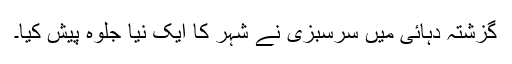
گزشتہ دہائی میں سرسبزی نے شہر کا ایک نیا جلوہ پیش کیا۔